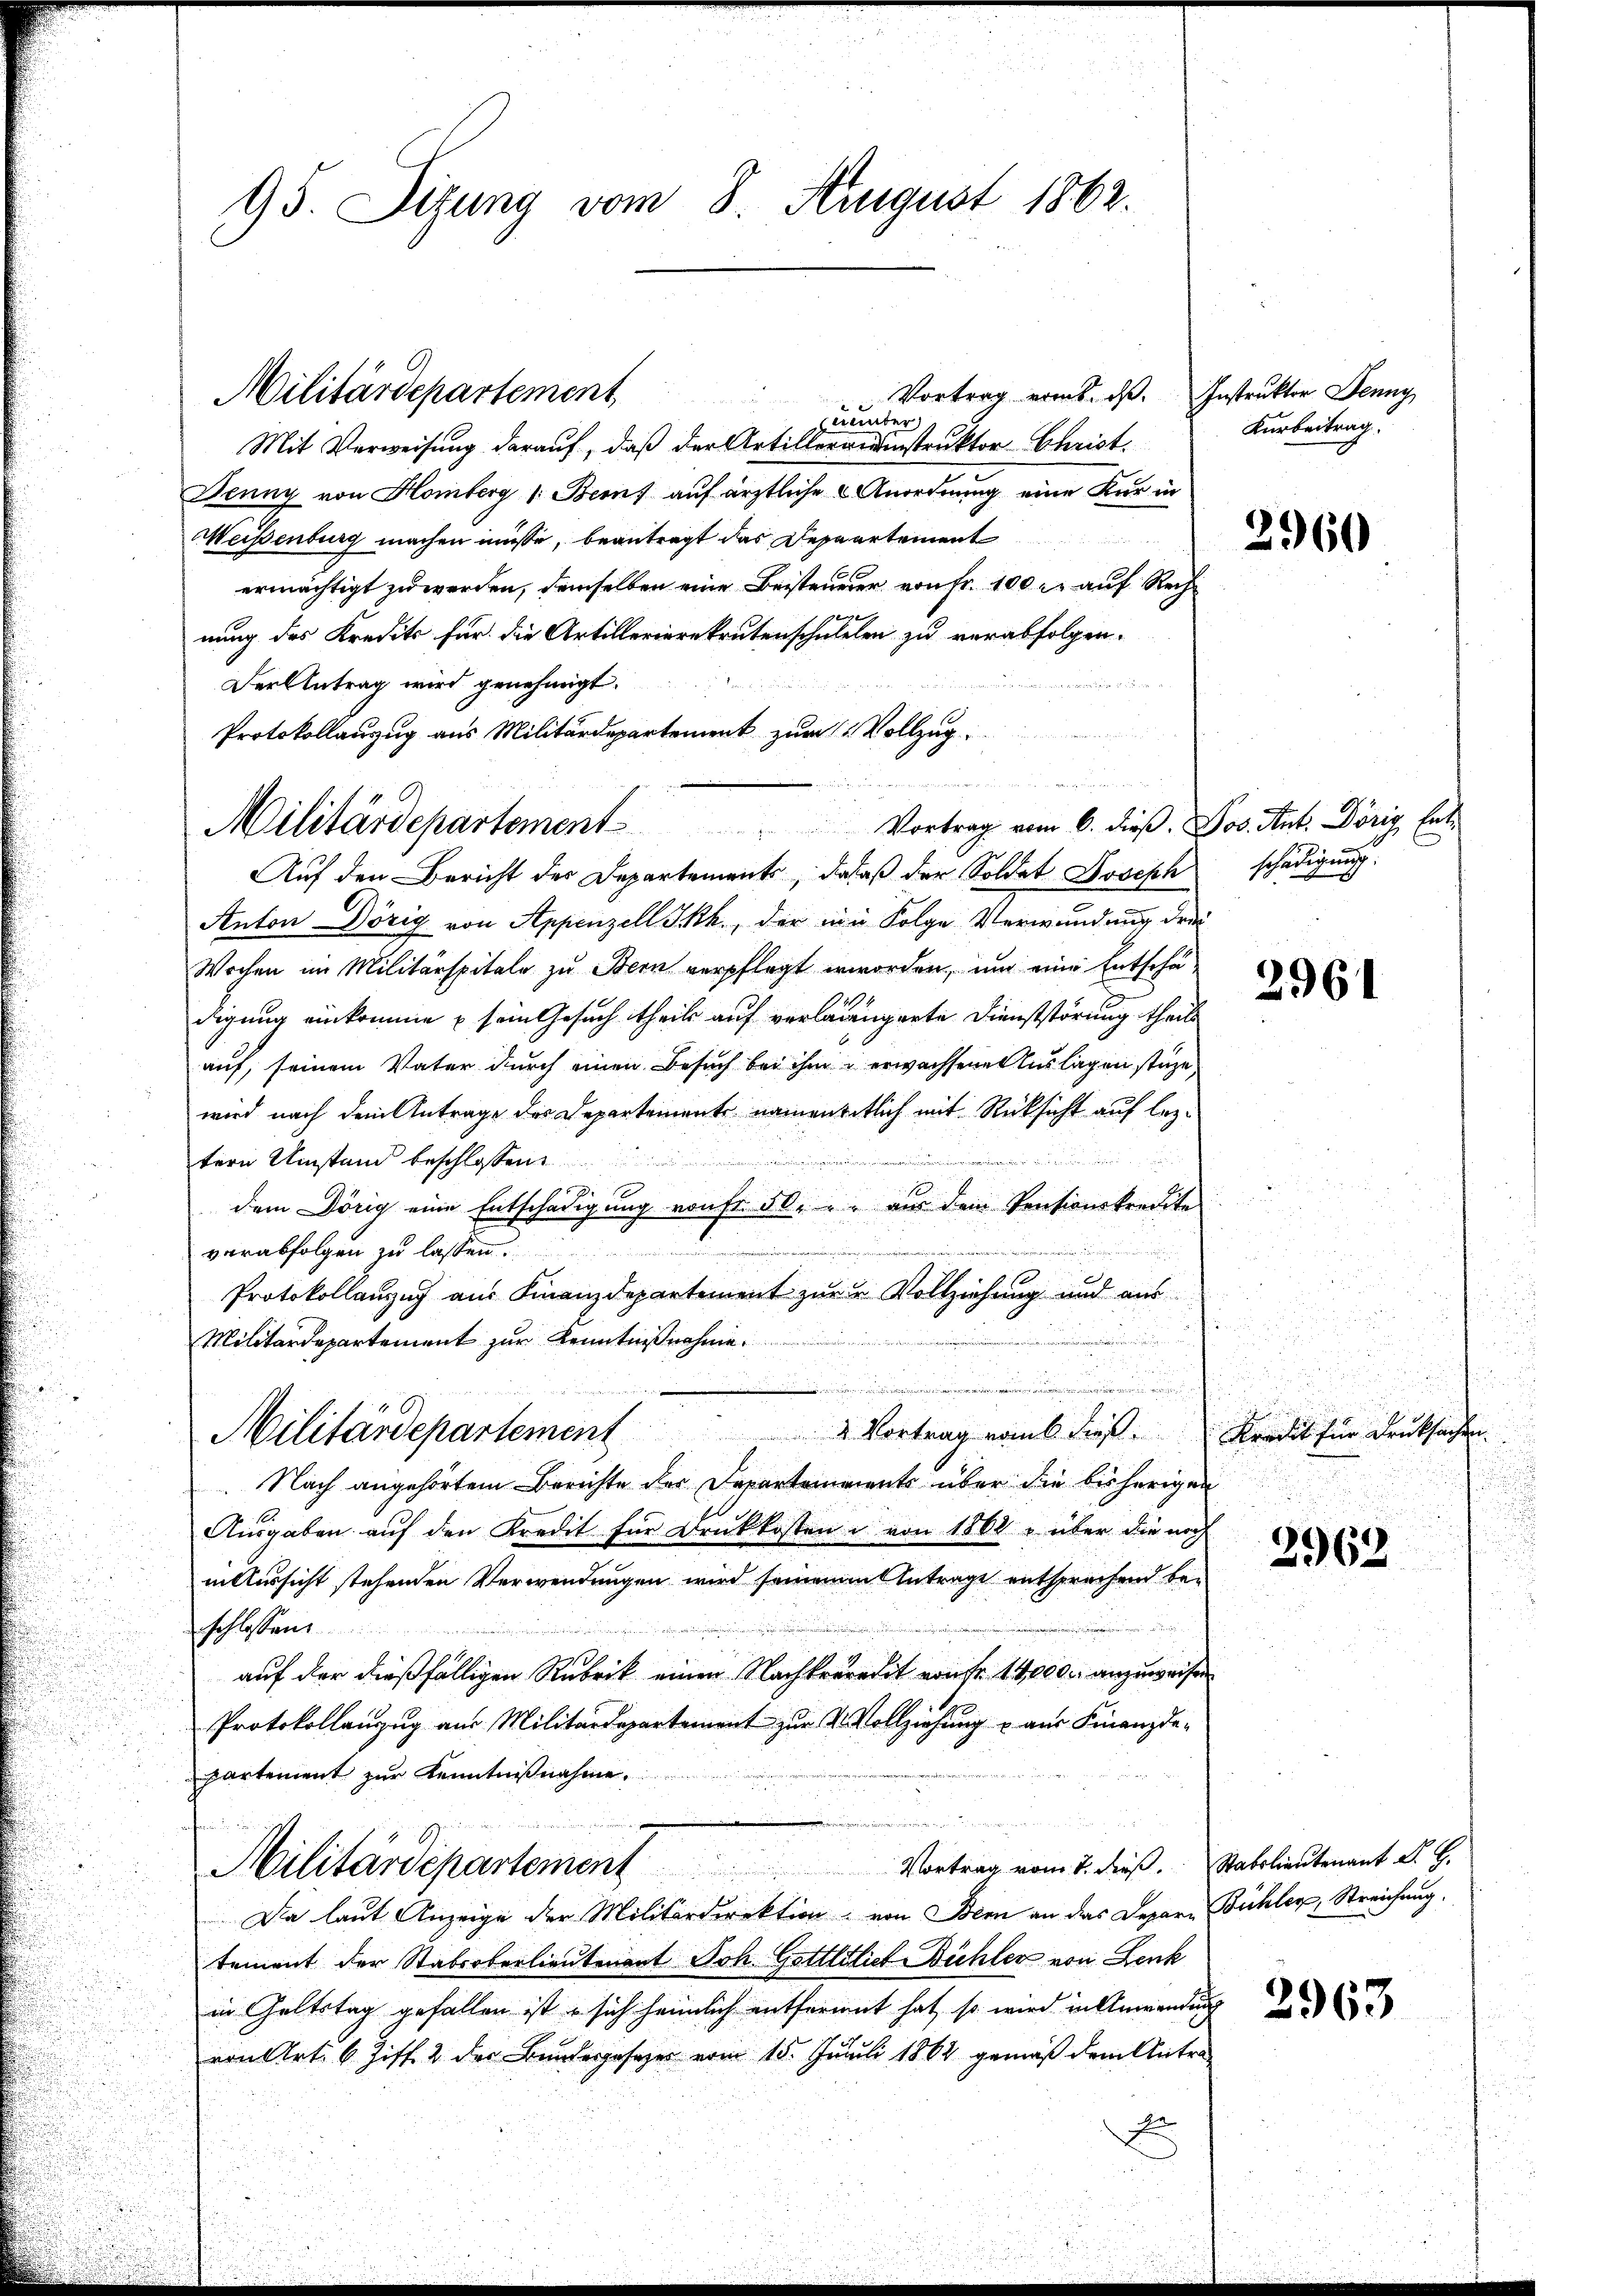
95. Sizung vom 8. August 1862.

Vortrag erint. dß. Instruktor Jenny

uunter
Mit Verweisung darauf, daß der Artillergerinstruktor Christ.
Jenny von Homberg (Beruf auf ärztliche u Anordnung eine Kur in
Meißenburg machen müsse, beantragt das Deseartement
ermächtigt zu werden, demselben eine Beisteuerer von Fr. 100 r. auf Rechnung des Kredits für die Artillerierekrutenschulelen zu verabfolgen.
der u. einen
Der Antrag wird genehmigt.
Protokollanzug aus Militärdepartement zum Vollzug.
Auf den Bericht der Departements, da daß der Soldat Joseph schädigung.
Anton Dörig von Appenzell Ikh., der ein Folge Verwundung drei
Wochen im Militärspitale zu Bern verpflegt worden, um eine Entschädigung einkomme sein Gesuch theils auf verlangerte Dienststörung theils
auf, seinem Vater durch einen Besuch bei ihm erwachsenen Auslagen stüze
wird nach dem Antrage des Departements namentitlich mit Rücksicht auf lez¬

tern Umstand beschlossen:
dem Dörig eine Entschädigung vonft 50. aus dem Pensionskredite
verabfolgen zu lassen.
Protokollanzug aus Finanzdepartement zur u Vollziehung und aus
n
Militärdepartement zur Kenntnißnahme.

Militärdepartement Vortrag vom 6. dieß. Kredit für Drucksachen.
. Nach angehörtem Berichte der Departements über die bisherigen
Ausgaben auf den Kredit für Druckkosten u. von 1864 u über die noch
in Aussicht stehenden Verwendungen wird seinem Antrage entsprechend beschlossen
auf der dießfälligen Rubrik einen Nachkreredit von fr. 14,000 anzuweisen
1
Protokollanzug aus Militärdepartement zur 2 Vollziehung u. aus Finanzde-
partement zur Kenntnißnahme.

1
Vortrag vom 7. dieß. Stabilieutenant J. G.
Militärdepartement
Da laut Anzeige der Militärdirektion von Bern an das Depare Bühler, Streichung
tement der Stabsoberlieutenant Joh. Gottlilie Büchler von Lenk
in Geltstag gefallen ist, sich heimlich entfernet hat, so wird in Anwendung
von Art. 6 Ziff. 2 der Bundesgesezes vom 15. Juli 1864 gemäß dem Antra

Militärdepartement

Militärdepartement Vortrag vom 6. dieß. Jos. Ant. Dörig, Ent¬

Kurbeitrag.

2960

2961

.

2963

2963